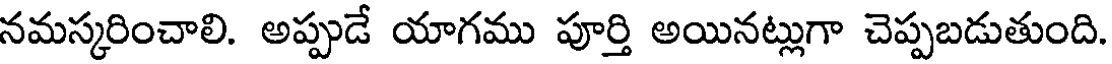
నమస్కరించాలి. అప్పుడే యాగము పూర్తి అయినట్లుగా చెప్పబడుతుంది.